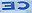
CE